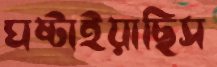
ঘষ্‌টাইয়াছিস